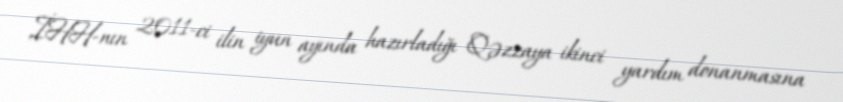
İHH-nın 2011-ci ilin iyun ayında hazırladığı Qəzzaya ikinci yardım donanmasına